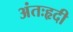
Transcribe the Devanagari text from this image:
अंतःहृदी